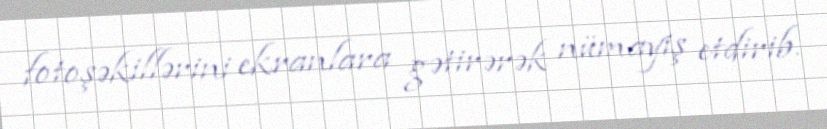
fotoşəkillərini ekranlara gətirərək nümayiş etdirib.